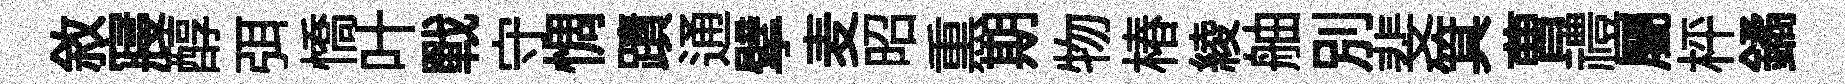
敘寢醇弭憍叶戰守惆蹟通擘麦昭𤋱期物椿綾舳別斐箕曹禮屬枰鐍